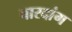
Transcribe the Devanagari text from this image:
बारदांग